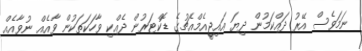
ނަމަވެސް އޭރު ދައްކަމުން ދިޔަ އައިޖީއެމްއެޗުގެ ޑޮކްޓަރުން ދެއްކި ވާހަކަތަކުން ވާއެއް ނުވާއެއް